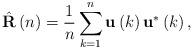
LaTeX: \begin{align*}\hat{\mathbf{R}}\left(n\right)=\frac{1}{n}\sum_{k=1}^n \mathbf{u}\left(k\right)\mathbf{u}^*\left(k\right),\end{align*}